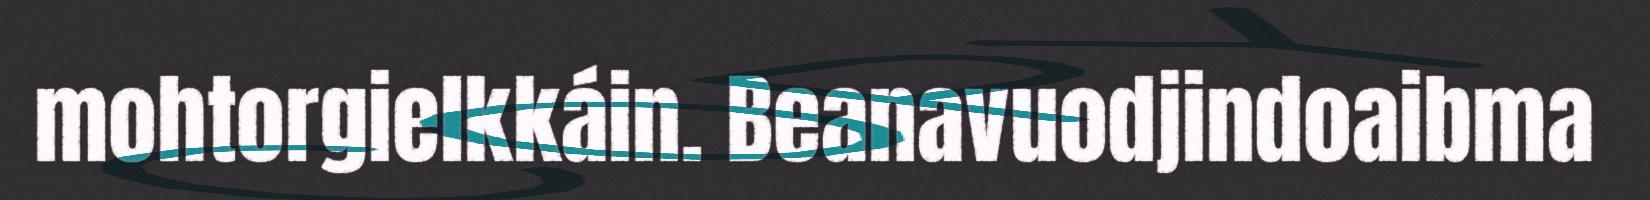
mohtorgielkkáin. Beanavuodjindoaibma